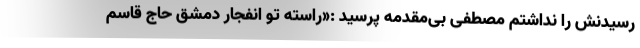
رسیدنش را نداشتم مصطفی بی‌مقدمه پرسید :«راسته تو انفجار دمشق حاج قاسم